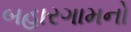
બહારગામનો